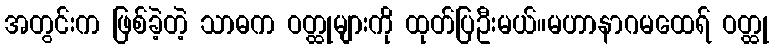
အတွင်းက ဖြစ်ခဲ့တဲ့ သာဓက ဝတ္ထုများကို ထုတ်ပြဦးမယ်။မဟာနာဂမထေရ် ဝတ္ထု